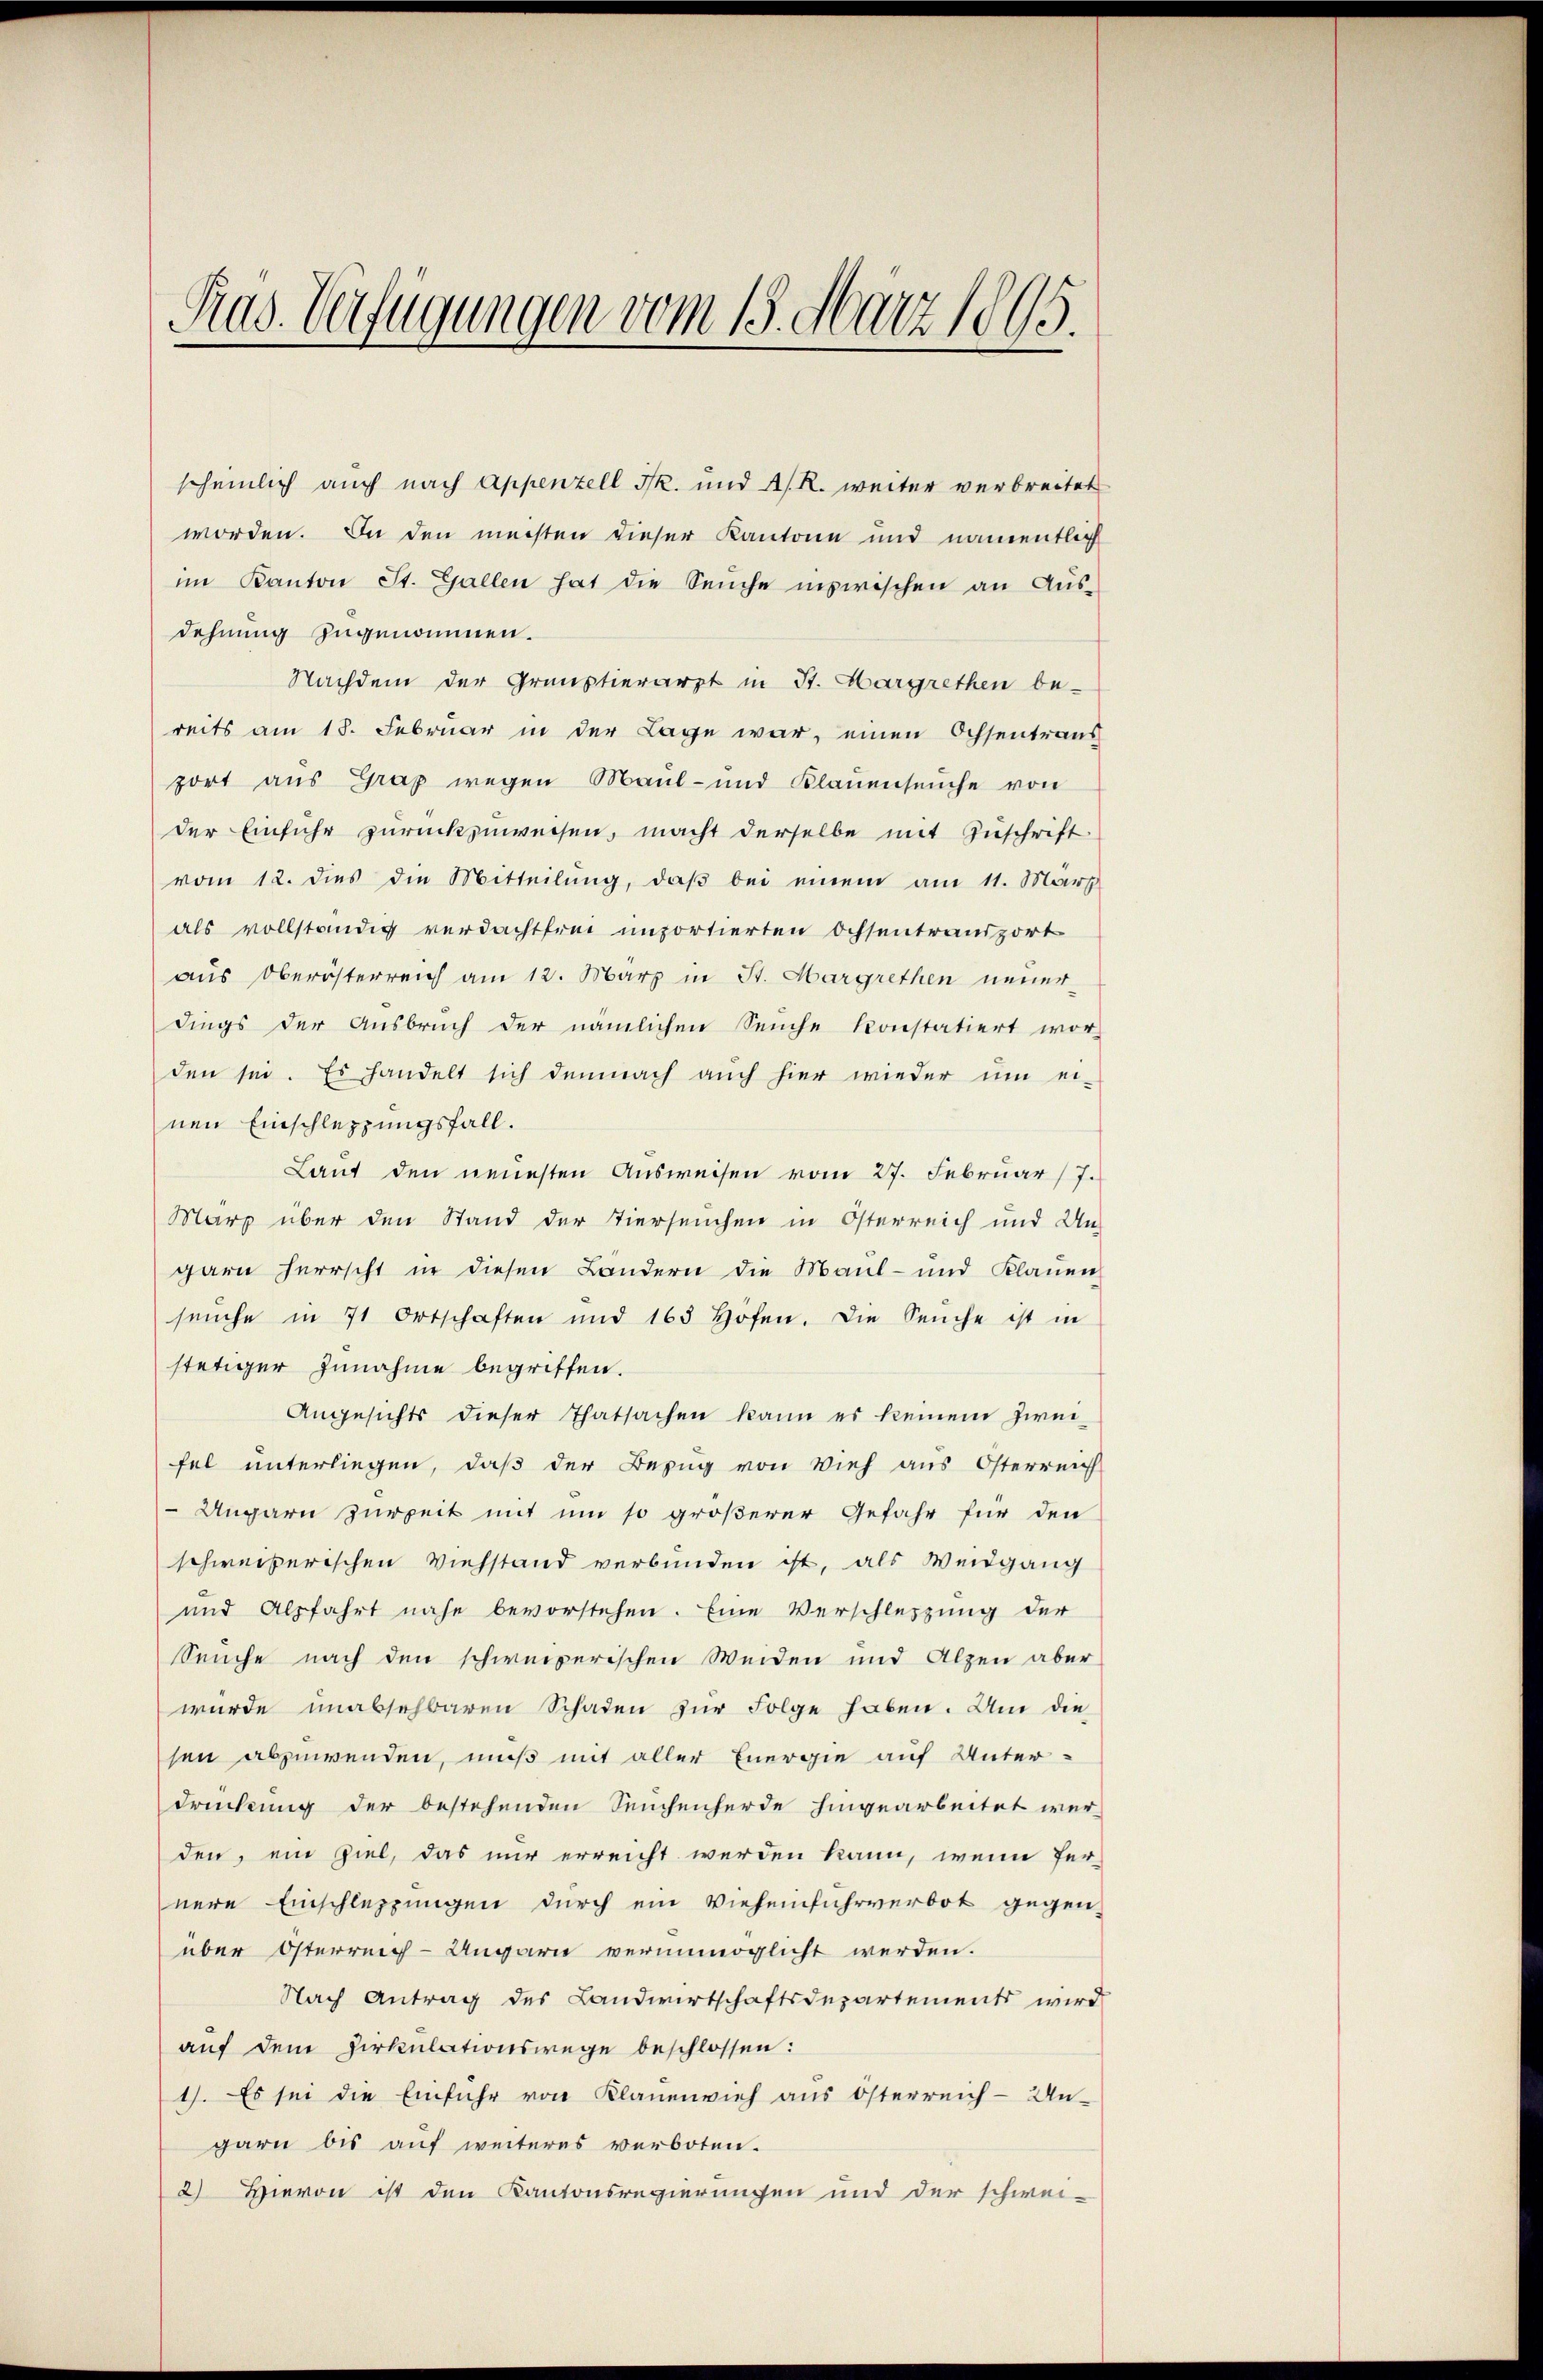
Prad. Verfügungen vom 18. März 1895.

scheinlich auch nach Appenzell I. und A. R. weiter verbreitet
worden. In den meisten dieser Kantone und namentlich
im Kanton St. Gallen hat die Seuche inzwischen an Aŭs-
dehnung zugenommen.
Nachdem der Grünstierarzt in St. Margrethen be-
reits am 18. Februar in der Lage war, einen Ochsentraus
port aus Graz wegen Maul- und Klaŭenseuche von
der Einfuhr zurückzuweisen, macht derselbe mit Zuschrift
vom 12. dies die Mitteilŭng, daβ bei einem am 11. März
als vollständig verdachtfrei unportierten Ochsentransport
aus Oberösterreich am 12. März in St. Margrethen neuer
dings der Ausbruch der nämlichen Seuche konstatiert wor-
den sei. Es handelt sich demnach auch hier wieder ŭm ei-
nen Einschleppungsfall.
Lant den neuesten Ausweisen vom 27. Februar 17.
März über den Stand der Tierseuchen in Österreich und Un-
garn herrscht in diesen Landern die Maul- und Klauen
seuche in 71 Ortschaften und 165 Höfen. Die Seuche ist in
stätiger Zunahme begriffen.
Angesichts dieser Thatsachen kann es keinem Zwei-
fel unterliegen, daß der Bezug von Vieh aus Österreich
 Ungarn zurzeit mit um so größerer Gefahr für den
schweizerischen Viehstand verbunden ist, als Weidgang
und Alpfahrt nahe bevorstehen. Eine Verschlesung der
Seuche nach den schweizerischen Weiden und Alpen aber
wurde unabsehbaren Schaden zur Folge haben. Um die
sen abzuwenden, muß mit aller Energie auf Unter-
drückung der bestehenden Seuchenherde hingearbeitet wer-
den, ein Ziel, das nur erreicht werden kann, wenn fer-
nere Einschleppungen durch ein Vieheinfuhrverbot gegen-
über Österreich-Ungarn verunmöglicht werden.
Nach Antrag des Landwirtschaftsdepartement wird
auf dem Zirkulationswege beschlossen:
1). Es sei die Einfuhr von Klauenvieh aus Österreich-Ungarn bis auf weiteres verboten.
2) Hievon ist den Kantonsregierungen und der schwei-